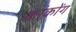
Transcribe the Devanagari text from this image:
कांकोंग